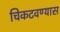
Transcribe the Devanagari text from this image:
चिकटवण्यास